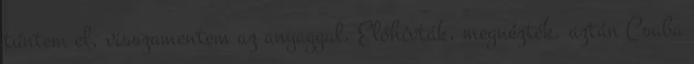
tűntem el, visszamentem az anyaggal. Előhívták, megnézték, aztán Csaba